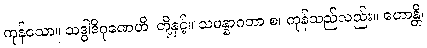
ကုန်သော။ သဒ္ဓါဒိဂုဏေဟိ၊ တို့နှင့်။ သမန္နာဂတာ စ၊ ကုန်သည်လည်း။ ဟောန္တိ၊